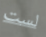
لست